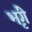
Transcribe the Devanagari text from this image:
भृंगे